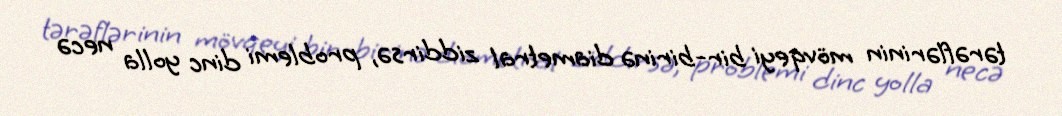
tərəflərinin mövqeyi bir-birinə diametral ziddirsə, problemi dinc yolla necə